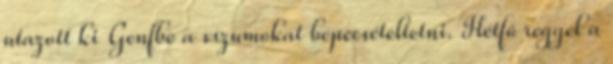
utazott ki Genfbe a vízumokat bepecsételtetni. Hétfô reggel a